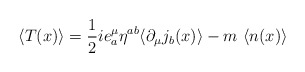
\begin{align*}\langle T(x)\rangle = \frac{1}{2}ie_a^\mu\eta^{ab}\langle \partial_\mu j_b(x)\rangle -m~\langle n(x)\rangle\end{align*}